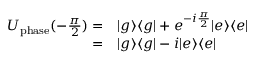
\begin{array} { r l } { U _ { \mathrm { p h a s e } } ( - \frac { \pi } { 2 } ) = } & { { } | g \rangle \langle g | + e ^ { - i \frac { \pi } { 2 } } | e \rangle \langle e | } \\ { = } & { { } | g \rangle \langle g | - i | e \rangle \langle e | } \end{array}